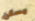
يسكن